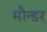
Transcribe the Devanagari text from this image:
मौन्डर